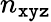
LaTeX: n_{\texttt{xyz}}